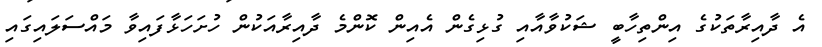
އެ ދާއިރާތަކުގެ އިންތިހާބީ ޝަކުވާއާއި ގުޅިގެން އެއިން ކޮންމެ ދާއިރާއަކުން ހުށަހަޅާފައިވާ މައްސަލައިގައި